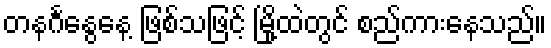
တနင်္ဂနွေနေ့ ဖြစ်သဖြင့် မြို့ထဲတွင် စည်ကားနေသည်။